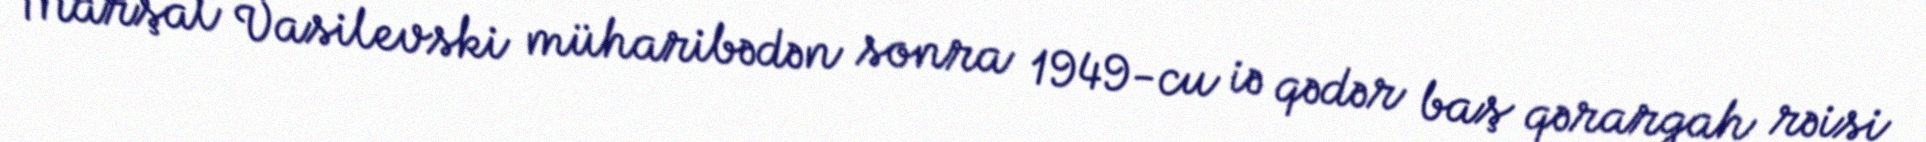
Marşal Vasilevski müharibədən sonra 1949-cu iə qədər baş qərargah rəisi